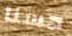
حسنا